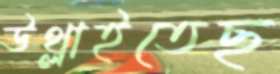
উথ্‌লাইতেছ